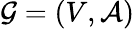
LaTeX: \mathcal{G}=(V,\mathcal{A})